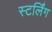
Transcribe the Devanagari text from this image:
स्टर्लिंग